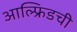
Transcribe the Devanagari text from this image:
आल्फ्रिडची